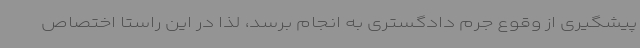
پیشگیری از وقوع جرم دادگستری به انجام برسد، لذا در این راستا اختصاص